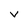
Character: v